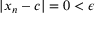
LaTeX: | x _ { n } - c | = 0 < \epsilon